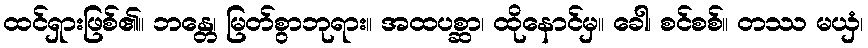
ထင်ရှားဖြစ်၏။ ဘန္တေ၊ မြတ်စွာဘုရား။ အထပစ္ဆာ၊ ထိုနောင်မှ။ ခေါ၊ စင်စစ်။ တဿ မယှံ၊